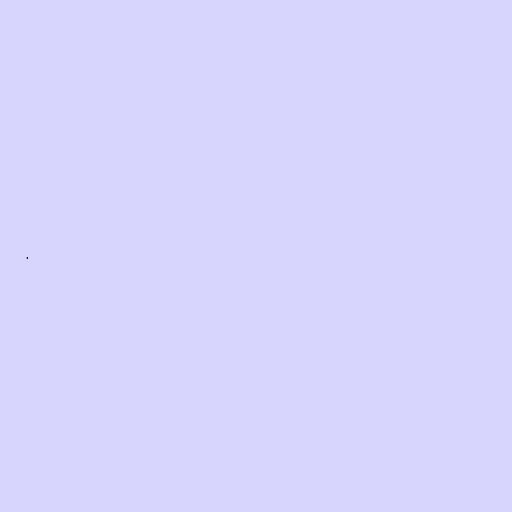
.